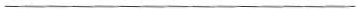
___